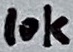
Text: 10K